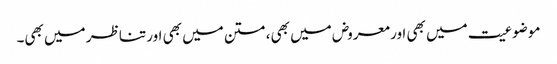
موضوعیت میں بھی اور معروض میں بھی، متن میں بھی اور تناظر میں بھی۔